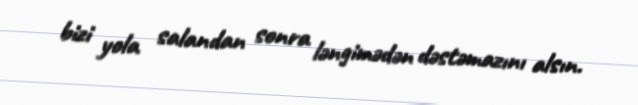
bizi yola salandan sonra ləngimədən dəstəmazını alsın.